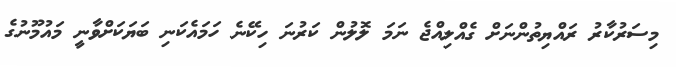
މިސަރުކާރު ރައްޔިތުންނަށް ގެއްލިއްޖެ ނަމަ ލޮލުން ކަރުނަ ހިކޭނެ ހަމައެކަނި ބަޔަކަށްވާނީ މައުމޫނުގެ